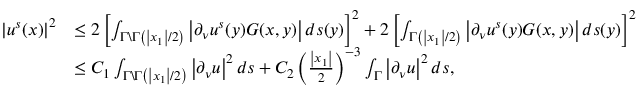
\begin{array} { r l } { \left| u ^ { s } ( x ) \right| ^ { 2 } } & { \leq 2 \left[ \int _ { \Gamma \backslash \Gamma \left( \left| x _ { 1 } \right| / 2 \right) } \left| \partial _ { \nu } u ^ { s } ( y ) G ( x , y ) \right| d s ( y ) \right] ^ { 2 } + 2 \left[ \int _ { \Gamma \left( \left| x _ { 1 } \right| / 2 \right) } \left| \partial _ { \nu } u ^ { s } ( y ) G ( x , y ) \right| d s ( y ) \right] ^ { 2 } } \\ & { \leq C _ { 1 } \int _ { \Gamma \backslash \Gamma \left( \left| x _ { 1 } \right| / 2 \right) } \left| \partial _ { \nu } u \right| ^ { 2 } d s + C _ { 2 } \left( \frac { \left| x _ { 1 } \right| } { 2 } \right) ^ { - 3 } \int _ { \Gamma } \left| \partial _ { \nu } u \right| ^ { 2 } d s , } \end{array}